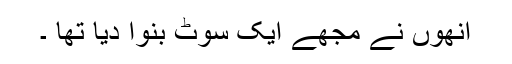
انھوں نے مجھے ایک سوٹ بنوا دیا تھا ۔